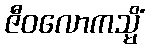
ဇီဝလောကသ္မိံ